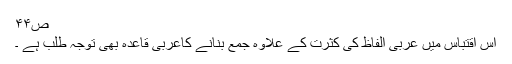
ص۴۴
اس اقتباس میں عربی الفاظ کی کثرت کے علاوہ جمع بنانے کاعربی قاعدہ بھی توجّہ طلب ہے ۔